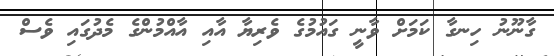
ގާނޫނު ހިނގާ ކަމަށް ވާނީ ގައުމުގެ ވެރިޔާ އާއި އާއްމުންގެ މެދުގައި ވެސް